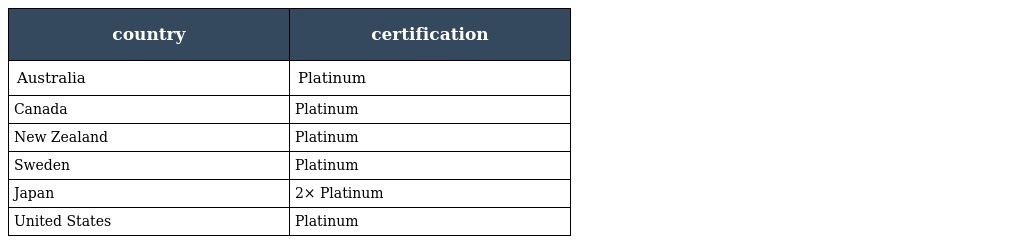
| country | certification |
 | --- | --- |
 | Australia | Platinum |
 | Canada | Platinum |
 | New Zealand | Platinum |
 | Sweden | Platinum |
 | Japan | 2× Platinum |
 | United States | Platinum |